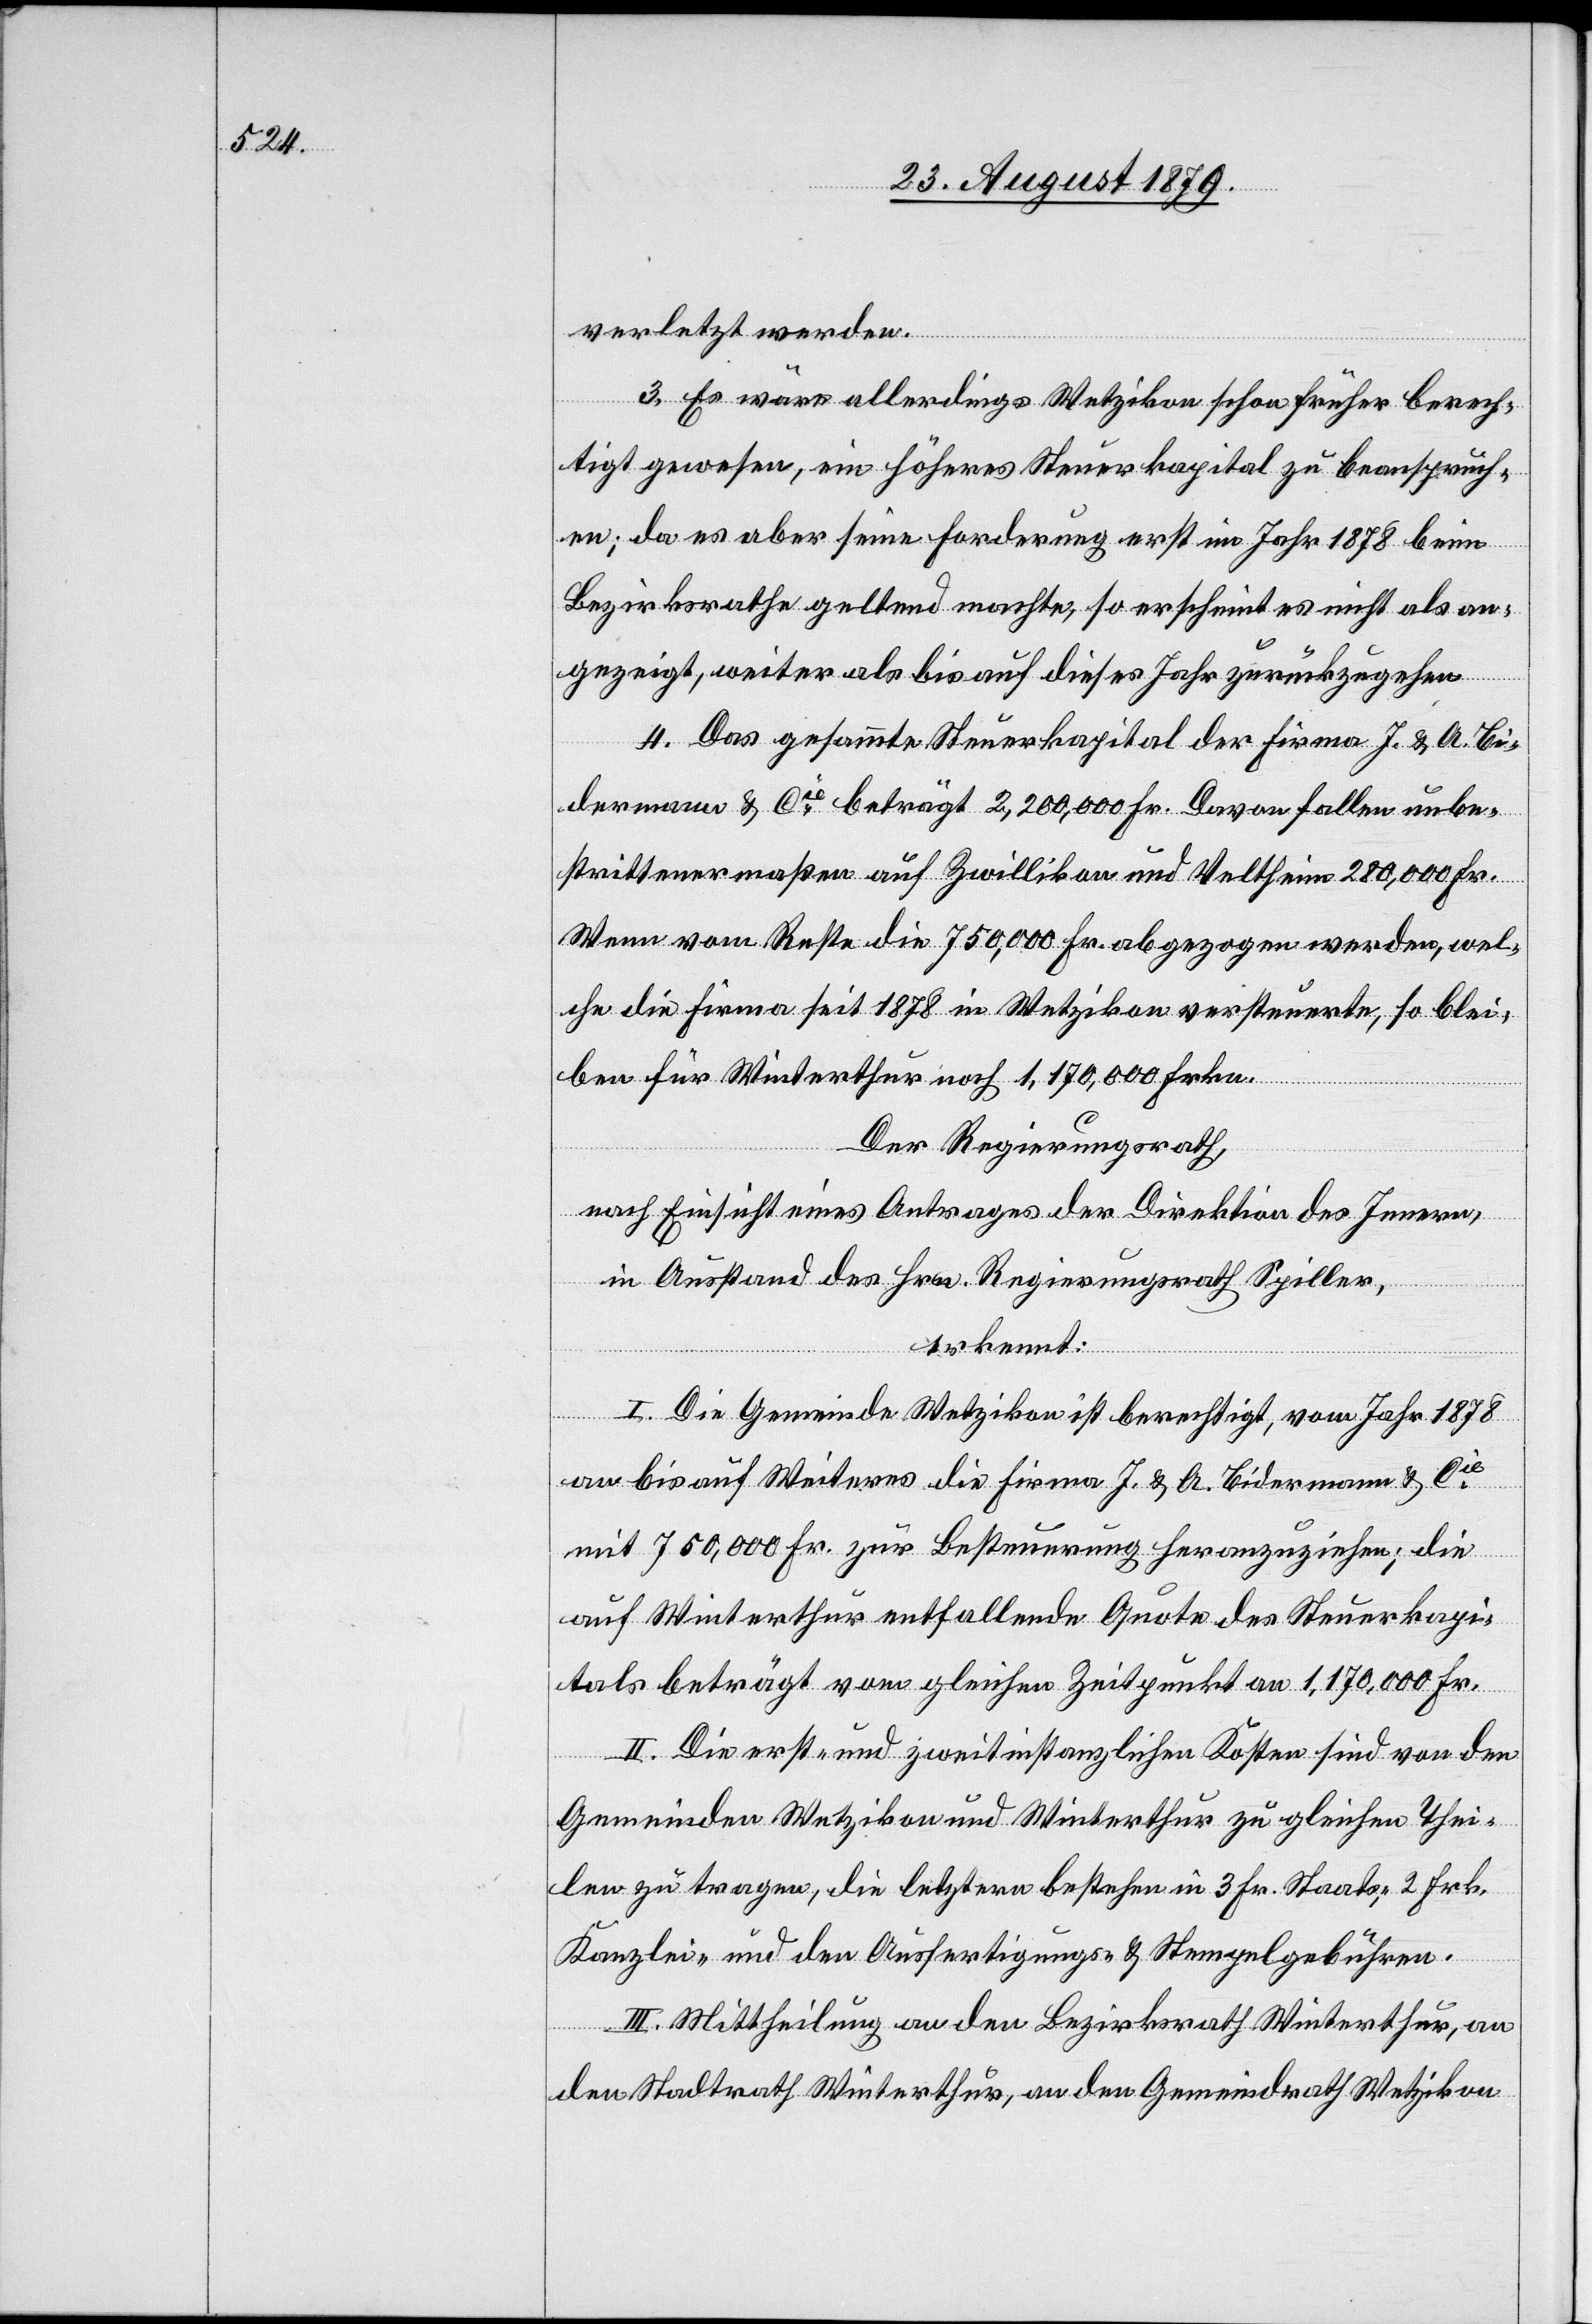
verletzt werden.
3. Es wäre allerdings Wetzikon schon früher berech¬
tigt gewesen, ein höheres Steuerkapital zu beanspruch¬
en; da es aber seine Forderung erst im Jahr 1878 beim
Bezirksrath geltend machte, so erscheint es nicht als an¬
gezeigt, weiter als bis auf dieses Jahr zurückzugehen.
4. Das gesammte Steuerkapital der Firma J. & A. Bi¬
dermann & Cie beträgt 2,200,000 Fr. Davon fallen unbe¬
strittenermaßen auf Zwillikon und Veltheim 280,000 Fr.
Wenn vom Reste die 750,000 Fr. abgezogen werden, wel¬
che die Firma seit 1878 in Wetzikon versteuerte, so blei¬
ben für Winterthur noch 1,170,000 Frkn.
Der Regierungsrath,
nach Einsicht eines Antrages der Direktion des Innern,
in Ausstand des Hrn. Regierungsrath Spiller,
erkennt:
I. Die Gemeinde Wetzikon ist berechtigt, vom Jahr 1878
an bis auf Weiteres die Firma J. & A. Bidermann & Cie
mit 750,000 Fr. zur Besteuerung heranzuziehen; die
auf Winterthur entfallende Quote des Steuerkapi¬
tals beträgt vom gleichen Zeitpunkt an 1,170,000 Fr.
II. Die erst- und zweitinstanzlichen Kosten sind von den
Gemeinden Wetzikon und Winterthur zu gleichen Thei¬
len zu tragen, die letztern bestehen in 3 Fr. Staats-, 2 Frk.
Kanzlei- und den Ausfertigungs- und Stempelgebühren.
III. Mittheilung an den Bezirksrath Winterthur, an
den Stadtrath Winterthur, an den Gemeindrath Wetzikon